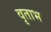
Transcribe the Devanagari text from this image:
वृताभ